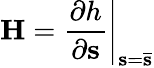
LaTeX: \mathbf{H}=\left.\frac{\partial h}{\partial\mathbf{s}}\right|_{\mathbf{s}=\mathbf{\bar{s}}}